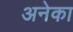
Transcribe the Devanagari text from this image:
अनेका